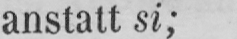
anstatt si;